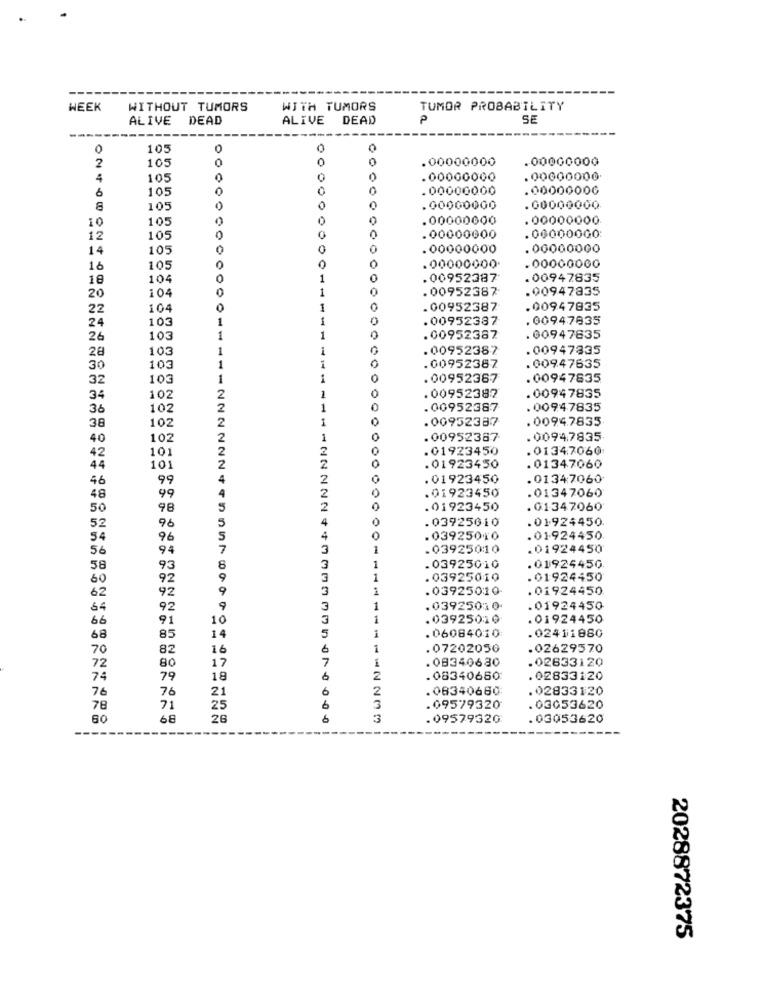
WEEK
WITHOUT TUMORS
WITH TUMORS
TUMOR PROBABILITY
ALIVE
DEAD
ALIVE
DEAD
P
SE
0
105
2
105
.00000000
00000000
4
105
0
.00000000
.00000000
105
0
0
.00000000
.00000006
8
105
0
.00000000
.00000000
105
.00000000
.00000000
10
12
105
0
.00000000
.000000GO
14
105
0
0
.00000000
.00000000
16
105
0
.00000000
.00000000
18
104
0
1
.00952387
.00947835
104
0
1
0
.00952387
.00947835
20
22
104
1
.00952387
.00947835
103
1
1
.00952387
.00947835
24
26
103
1
1
0
.00952387
. 00947635
103
1
1
.00952387
.00947835
28
1
0
30
103
1
.00952387
.009.47635
32
103
1
O
. 00952367
.00947835
1
34
102
2
.00952382
.00947835
36
102
1
.00952387
.00947835
102
1
0
.00952387
.0094.7835
38
2
40
102
2
1
0
.00952387
.00947835
42
101
2
2
0
.01923450
.01347060
2
2
44
101
.01923450
.01347060
46
99
2
. 01923450
.01347060
99
4
0
.01923450
.01347060
48
50
98
5
2
.01923450
.01347060
96
5
4
.03925010
.01.924450.
52
54
96
5
4
.03925010
.01.924450
56
94
7
3
.03925010
.01924450
1
58
93
3
.03925010
.01924450
60
92
9
3
1
. 03925010
.01924450
62
92
3
.03925010-
.01924450
64
92
9
3
.03925010.
.01924450
66
91
10
.03925010
. 01924450
85
14
5
.02411880
68
.06084010
70
82
16
.07202050
.02629570
80
17
7
. 08340630
.02833120
72
74
79
18
.08340680
.02833120
76
76
2
.08340680
.02833120
21
78
71
25
3
.09579320
.03053620
60
68
26
6
. 09579320
. 03053620
2028872375